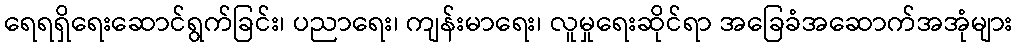
ရေရရှိရေးဆောင်ရွက်ခြင်း၊ ပညာရေး၊ ကျန်းမာရေး၊ လူမှုရေးဆိုင်ရာ အခြေခံအဆောက်အအုံများ